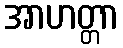
အာဟတ္တာ